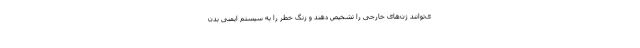
ی‌توانند ژن‌های خارجی را تشخیص دهند و زنگ خطر را به سیستم ایمنی بدن